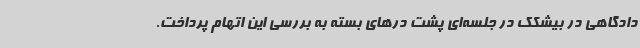
دادگاهی در بیشکک در جلسه‌ای پشت درهای بسته به بررسی این اتهام پرداخت.